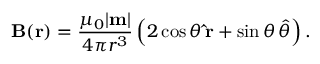
\mathbf { B } ( { \mathbf { r } } ) = { \frac { \mu _ { 0 } | \mathbf { m } | } { 4 \pi r ^ { 3 } } } \left( 2 \cos \theta \, \mathbf { \hat { r } } + \sin \theta \, { \boldsymbol { \hat { \theta } } } \right) .